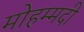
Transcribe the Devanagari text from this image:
मोहम्‍मदी